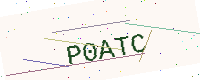
Text: P0ATC